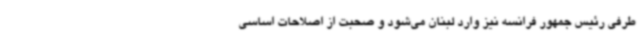
طرفی رئیس جمهور فرانسه نیز وارد لبنان می‌شود و صحبت از اصلاحات اساسی